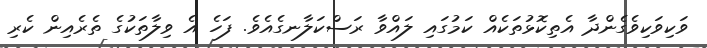
ވަކިވަކިވެގެންދާ އެތިކޮޅުތަކެއް ކަމުގައި ލައްވާ ރަސްކަލާނގެއެވެ. ފަހެ އެ ވިލާތަކުގެ ތެރެއިން ކެރި